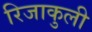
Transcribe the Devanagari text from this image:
रिजाकुली